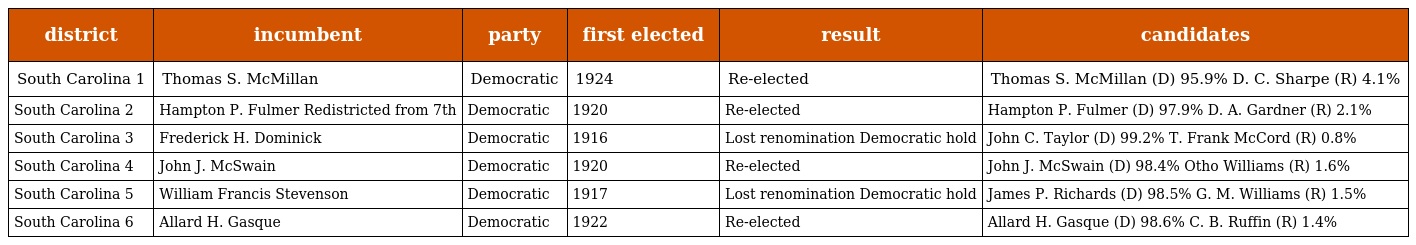
| district | incumbent | party | first elected | result | candidates |
 | --- | --- | --- | --- | --- | --- |
 | South Carolina 1 | Thomas S. McMillan | Democratic | 1924 | Re-elected | Thomas S. McMillan (D) 95.9% D. C. Sharpe (R) 4.1% |
 | South Carolina 2 | Hampton P. Fulmer Redistricted from 7th | Democratic | 1920 | Re-elected | Hampton P. Fulmer (D) 97.9% D. A. Gardner (R) 2.1% |
 | South Carolina 3 | Frederick H. Dominick | Democratic | 1916 | Lost renomination Democratic hold | John C. Taylor (D) 99.2% T. Frank McCord (R) 0.8% |
 | South Carolina 4 | John J. McSwain | Democratic | 1920 | Re-elected | John J. McSwain (D) 98.4% Otho Williams (R) 1.6% |
 | South Carolina 5 | William Francis Stevenson | Democratic | 1917 | Lost renomination Democratic hold | James P. Richards (D) 98.5% G. M. Williams (R) 1.5% |
 | South Carolina 6 | Allard H. Gasque | Democratic | 1922 | Re-elected | Allard H. Gasque (D) 98.6% C. B. Ruffin (R) 1.4% |